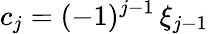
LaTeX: c_{j}=(-1)^{j-1}\, \xi_{j-1}